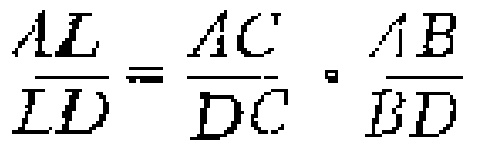
$\frac{AL}{LD}=\frac{AC}{DC}\cdot\frac{AB}{BD}$